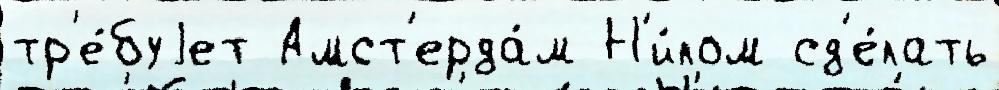
тр'е́буjет Амст'ерда́м Н'и́лом сд'е́лать